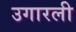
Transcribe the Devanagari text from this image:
उगारली